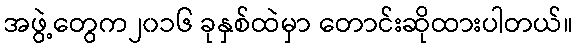
အဖွဲ့တွေက၂၀၁၆ ခုနှစ်ထဲမှာ တောင်းဆိုထားပါတယ်။